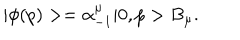
| \phi ( p ) > = \alpha _ { - 1 } ^ { \mu } | 0 , p > B _ { \mu } .